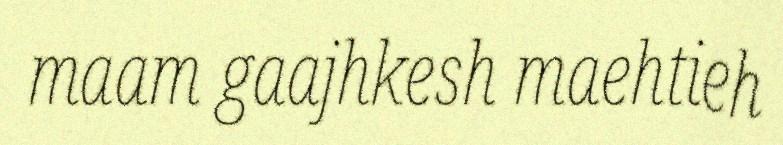
maam gaajhkesh maehtieh